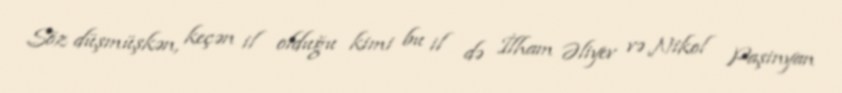
Söz düşmüşkən, keçən il olduğu kimi bu il də İlham Əliyev və Nikol Paşinyan